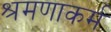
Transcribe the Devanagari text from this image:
श्रमणाकर्म